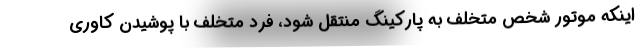
اینکه موتور شخص متخلف به پارکینگ منتقل شود، فرد متخلف با پوشیدن کاوری